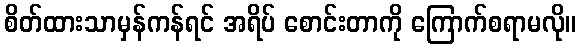
စိတ်ထားသာမှန်ကန်ရင် အရိပ် စောင်းတာကို ကြောက်စရာမလို။